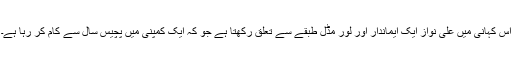
اس کہانی میں علی نواز ایک ایماندار اور لور مڈل طبقے سے تعلق رکھتا ہے جو کہ ایک کمپنی میں پچیس سال سے کام کر رہا ہے۔